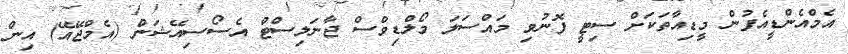
އެމްއެންޑީއެފުން މީޑިއާތަކަށް ސިޓީ ފޮނުވި މައްސަލަ މޯލްޑިވްސް ޖާނަލިސްޓް އެސޯސިއޭޝަން (އެމްޖޭއޭ) އިން